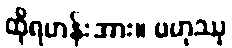
ထိုရဟန်းအား။ ဗဟုဿု